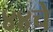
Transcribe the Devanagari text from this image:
४४चे